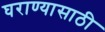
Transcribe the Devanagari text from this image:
घराण्यासाठी